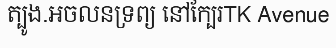
ត្បូង.អចលនទ្រព្យ នៅក្បែរTK Avenue